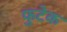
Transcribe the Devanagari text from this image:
फुटेक